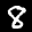
Label: 8